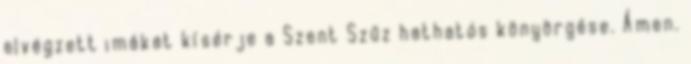
elvégzett imákat kísérje a Szent Szűz hathatós könyörgése. Ámen.